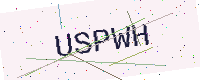
Text: USPWH